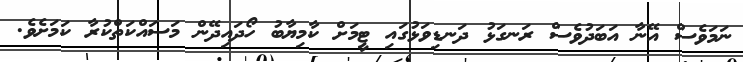
ނަމަވެސް އޭނާ އަބަދުވެސް ރަނގަޅު ދަނޑިވަޅުގައި ޓީމަށް ކާމިޔާބު ހޯދައިދޭން މަސައްކަތްކުރާ ކަމަށެވެ.